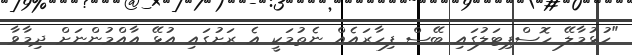
"ހުޅުމާލޭ ހޮސްޕިޓަލުގައި ބޭސް ފިހާރައެއް ނެތުމަކީ އެ ރަށުގައި އުޅޭ އާއްމުންނަށް ދިމާވާ